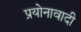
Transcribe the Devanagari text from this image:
प्रयोनावादी